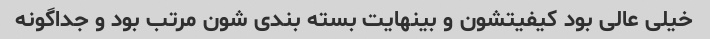
خیلی عالی بود کیفیتشون و بینهایت بسته بندی شون مرتب بود و جداگونه